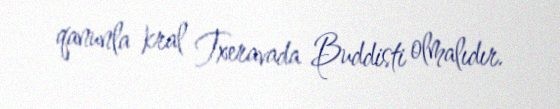
qanunla kral Txeravada Buddisti olmalıdır.